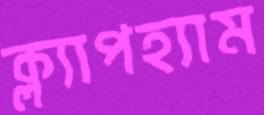
ক্ল্যাপহ্যাম